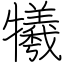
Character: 犧